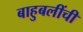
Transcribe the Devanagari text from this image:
बाहुबलींची